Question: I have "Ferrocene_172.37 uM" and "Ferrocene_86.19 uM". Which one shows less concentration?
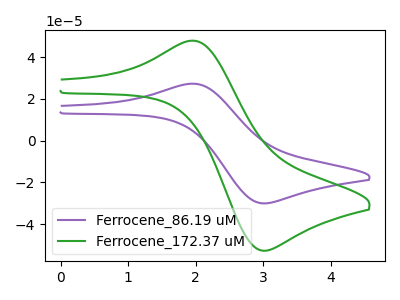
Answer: <think>The purple curve "Ferrocene_86.19 uM" has an anodic peak at (2.00V, 27.25uA) and a cathodic peak at (3.00V, -30.05uA). The green curve "Ferrocene_172.37 uM" has an anodic peak at (2.00V, 47.85uA) and a cathodic peak at (3.00V, -52.75uA).
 All the peaks in "Ferrocene_172.37 uM" have a peak in "Ferrocene_86.19 uM" at the same potential. Every peak in "Ferrocene_172.37 uM" is higher than every peak in "Ferrocene_86.19 uM".</think>
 <answer>"Ferrocene_172.37 uM" has more signal than "Ferrocene_86.19 uM" and so likely has a higher concentration.</answer>
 <eval>more_concentration</eval>